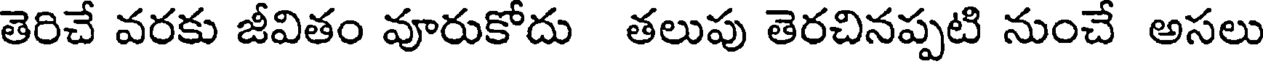
తెరిచే వరకు జీవితం వూరుకోదు తలుపు తెరచినప్పటి నుంచే అసలు